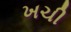
ખચી